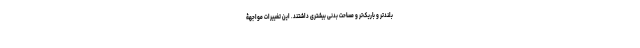
بلندتر و باریک‌تر و مساحت بدنی بیشتری داشتند. این تغییرات مواجهۀ